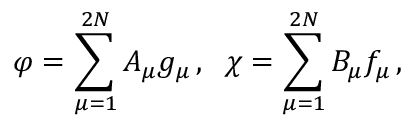
\varphi = \sum _ { \mu = 1 } ^ { 2 N } A _ { \mu } g _ { \mu } \, , \; \; \chi = \sum _ { \mu = 1 } ^ { 2 N } B _ { \mu } f _ { \mu } \, ,